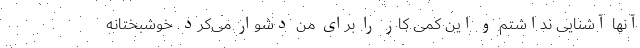
آنها آشنایی نداشتم و این کمی کار را برای من دشوار می‌کرد. خوشبختانه